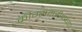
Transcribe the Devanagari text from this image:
क्रीग्समरीनच्या